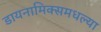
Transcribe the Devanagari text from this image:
डायनामिक्समधल्या